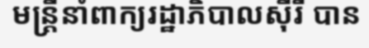
មន្ត្រីនាំពាក្យរដ្ឋាភិបាលស៊ីរី បាន